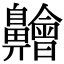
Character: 䶐